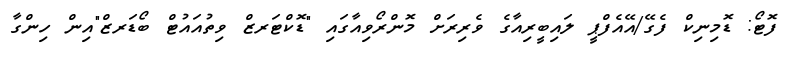
ފޮޓޯ: ޑޮމިނިކް ފެގޭ/އޭއެފްޕީ ލައިބީރިއާގެ ވެރިރަަށް މޮންރޯވިއާގައި "ޑޮކްޓަރޒް ވިތުއައުޓް ބޯޑަރޒް"އިން ހިންގާ